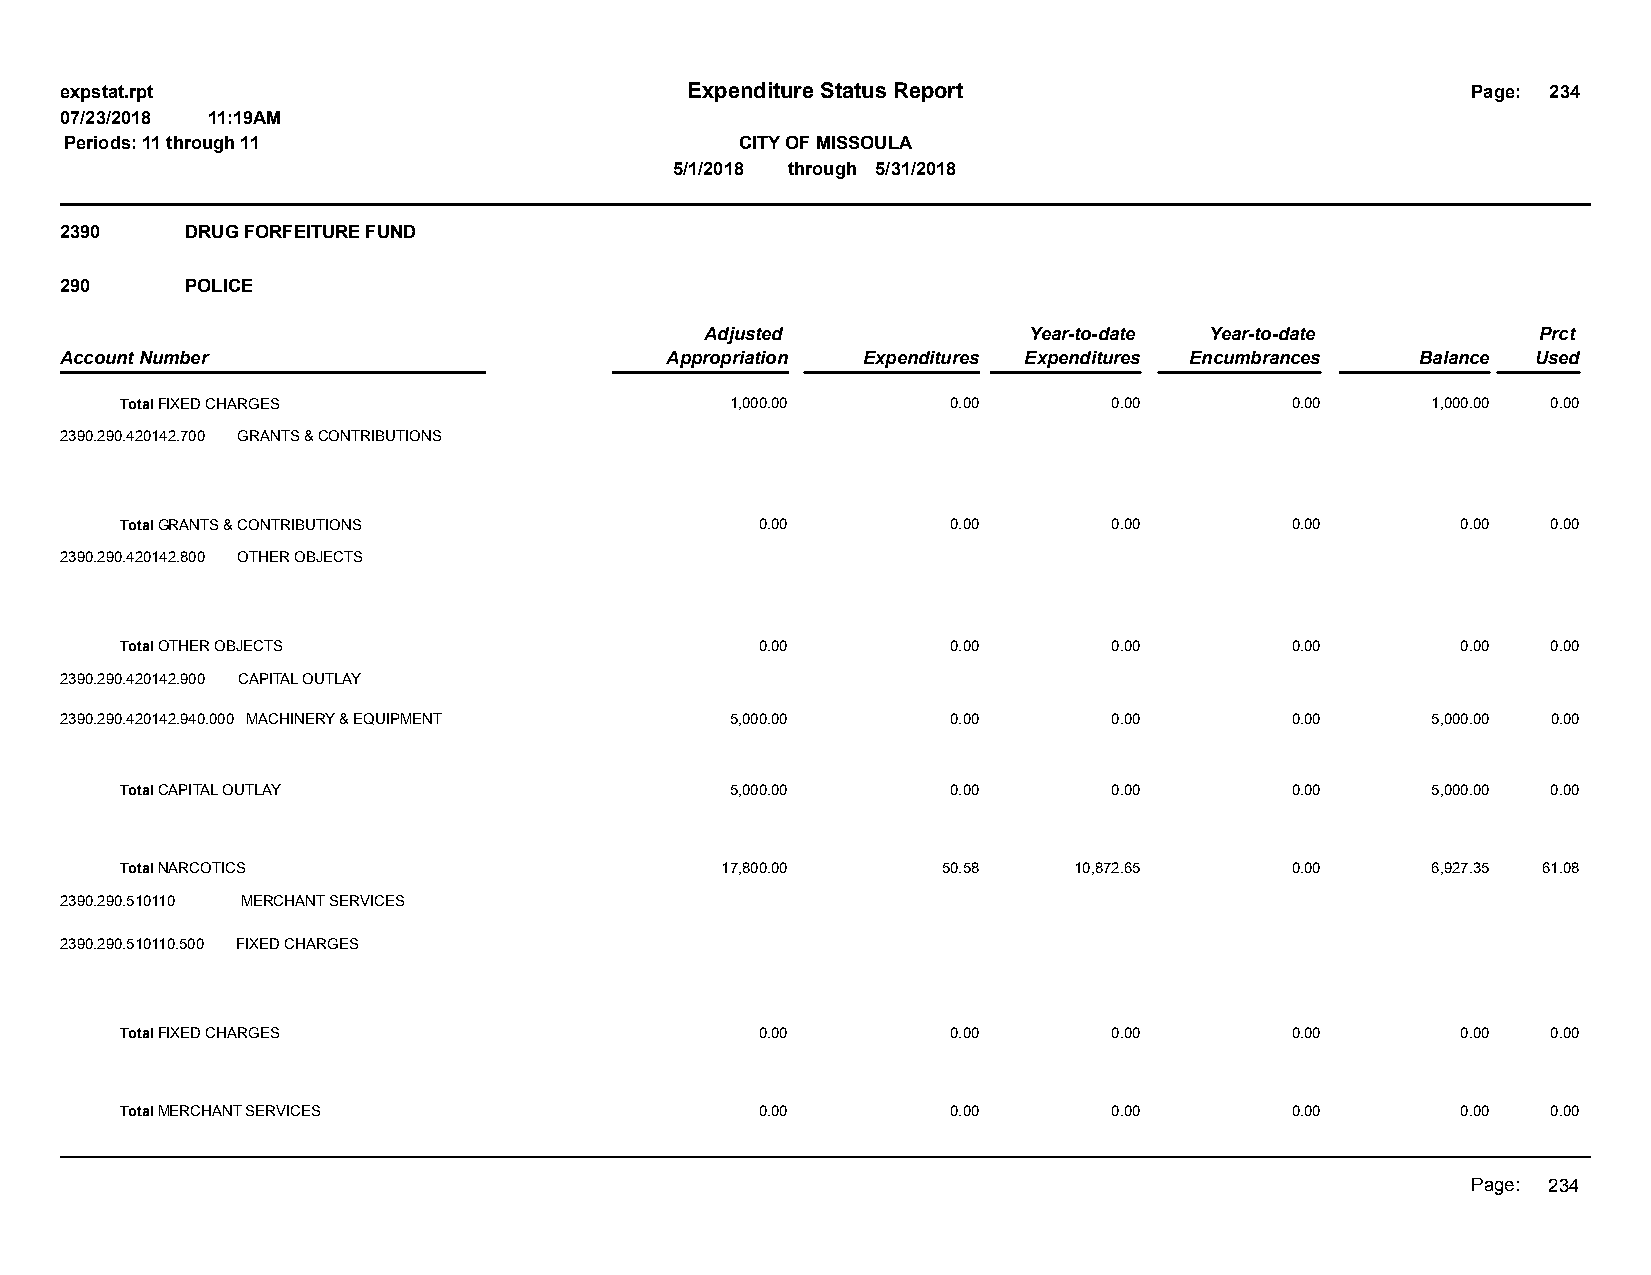
expstat.rpt                              Expenditure Status Report                           Page: 234
 07/23/2018 11:19AM
 Periods: 11 through 11                       CITY OF MISSOULA
 5/1/2018 through 5/31/2018
 2390    DRUG FORFEITURE FUND
 290     POLICE
 Adjusted             Year-to-date Year-to-date         Prct
 Account Number                          Appropriation Expenditures Expenditures Encumbrances Balance Used
 Total FIXED CHARGES                     1,000.00       0.00       0.00       0.00      1,000.00 0.00
 2390.290.420142.700 GRANTS & CONTRIBUTIONS
 Total GRANTS & CONTRIBUTIONS              0.00         0.00       0.00       0.00        0.00  0.00
 2390.290.420142.800 OTHER OBJECTS
 Total OTHER OBJECTS                       0.00         0.00       0.00       0.00        0.00  0.00
 2390.290.420142.900 CAPITAL OUTLAY
 2390.290.420142.940.000 MACHINERY & EQUIPMENT 5,000.00     0.00       0.00       0.00      5,000.00 0.00
 Total CAPITAL OUTLAY                    5,000.00       0.00       0.00       0.00      5,000.00 0.00
 Total NARCOTICS                         17,800.00     50.58    10,872.65     0.00      6,927.35 61.08
 2390.290.510110 MERCHANT SERVICES
 2390.290.510110.500 FIXED CHARGES
 Total FIXED CHARGES                       0.00         0.00       0.00       0.00        0.00  0.00
 Total MERCHANT SERVICES                   0.00         0.00       0.00       0.00        0.00  0.00
 Page: 234